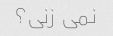
نمی زنی؟